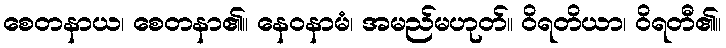
စေတနာယ၊ စေတနာ၏။ နေဝနာမံ၊ အမည်မဟုတ်။ ဝိရတိယာ၊ ဝိရတီ၏။